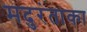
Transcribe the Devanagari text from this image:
मदुरंताका